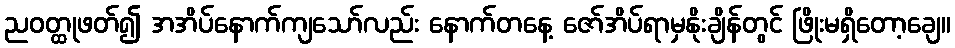
ညဝတ္ထုဖတ်၍ အအိပ်နောက်ကျသော်လည်း နောက်တနေ့ ဇော်အိပ်ရာမှနိုးချိန်တွင် ဖြိုးမရှိတော့ချေ။